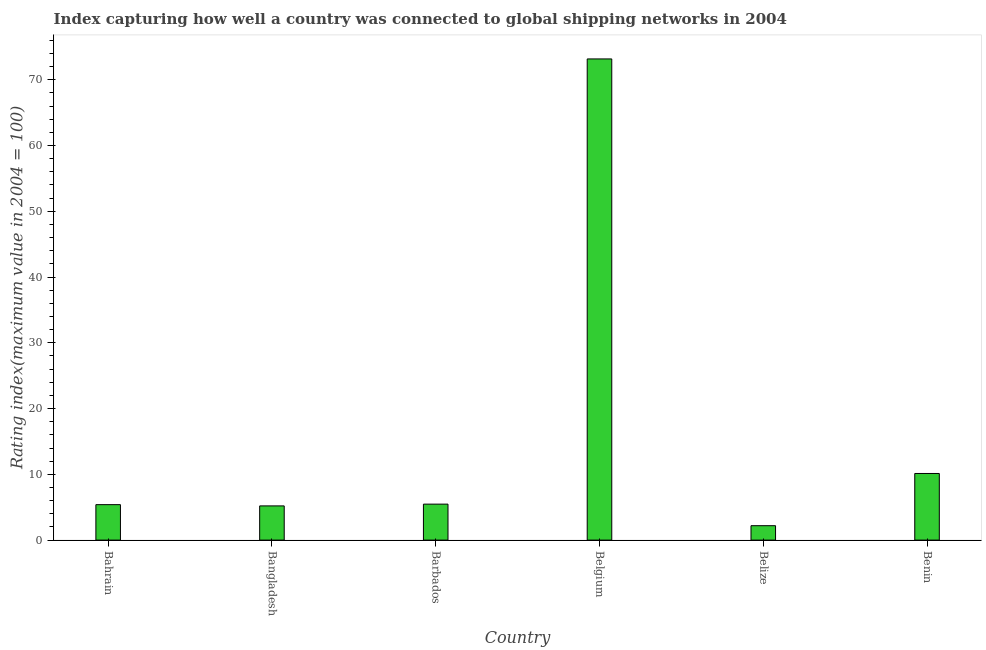
| Country | Liner shipping connectivity index  |
 | --- | --- |
 | Bahrain | 5.39 |
 | Bangladesh | 5.2 |
 | Barbados | 5.47 |
 | Belgium | 73.2 |
 | Belize | 2.19 |
 | Benin | 10.1 |